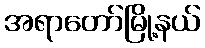
အရာတော်မြို့နယ်